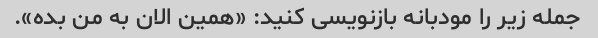
جمله زیر را مودبانه بازنویسی کنید: «همین الان به من بده».